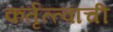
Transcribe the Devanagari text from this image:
कर्तृत्त्वाची